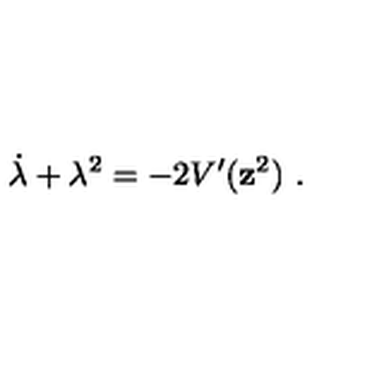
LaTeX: \dot { \lambda } + \lambda ^ { 2 } = - 2 V ^ { \prime } ( { \bf z } ^ { 2 } ) \ .